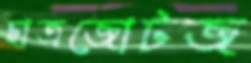
ছাত্রজোটজ